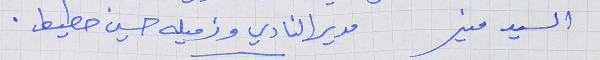
السيد منير     مدير النادي وزميله حسين خطيط .